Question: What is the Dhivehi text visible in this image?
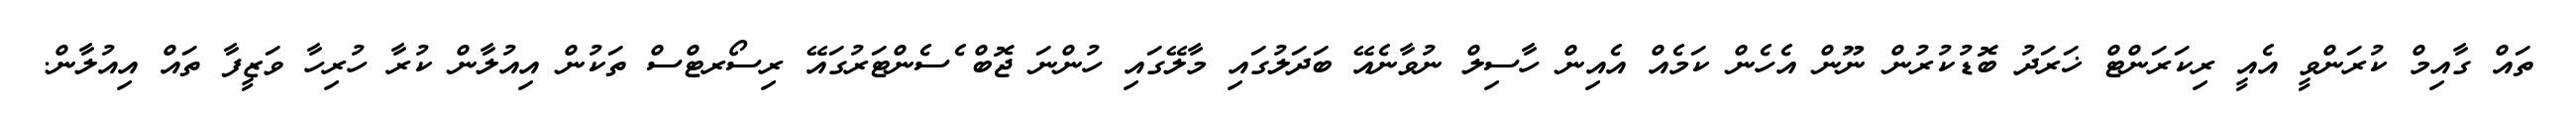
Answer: ތައް ގާއިމް ކުރަންވީ އެއީ ރިކަރަންޓް ޚަރަދު ބޮޑުކުރުން ނޫން އެހެން ކަމެއް އެއިން ހާސިލް ނުވާނެއޭ ބަދަލުގައި މާލޭގައި ހުންނަ ޖޮބް ެސެންޓަރުގައޭ ރިސޯރޓްސް ތަކުން އިއުލާން ކުރާ ހުރިހާ ވަޒީފާ ތައް އިއުލާން.